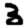
Digit: 3